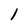
Character: l